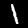
Label: 1